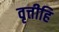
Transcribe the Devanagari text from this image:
वृत्तीहि